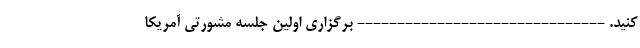
کنید. ------------------------------- برگزاری اولین جلسه مشورتی آمریکا